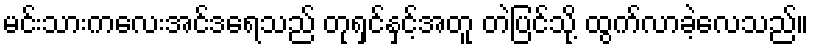
မင်းသားကလေးအင်ဒရေသည် တုရှင်နှင့်အတူ တဲပြင်သို့ ထွက်လာခဲ့လေသည်။